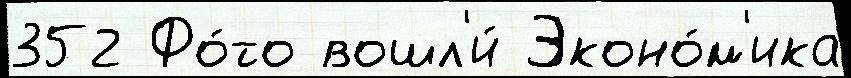
352 Фо́то вошл'и́ Эконо́м'ика